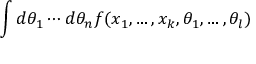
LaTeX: \int d \theta _ { 1 } \cdots d \theta _ { n } f ( x _ { 1 } , \ldots , x _ { k } , \theta _ { 1 } , \ldots , \theta _ { l } )